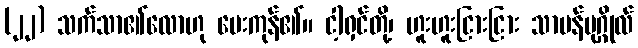
(၂၂) သက်သာ၏လောဟု မေးကုန်၏။ ငါ့ရှင်တို့၊ ဟူးဟူးငြားငြား သာမန်ပုဂ္ဂိုလ်